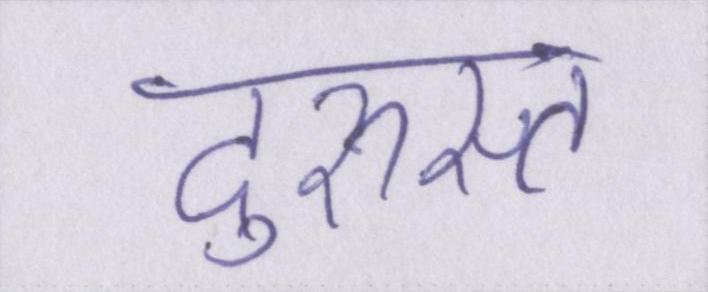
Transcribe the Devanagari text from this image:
दुरुस्त